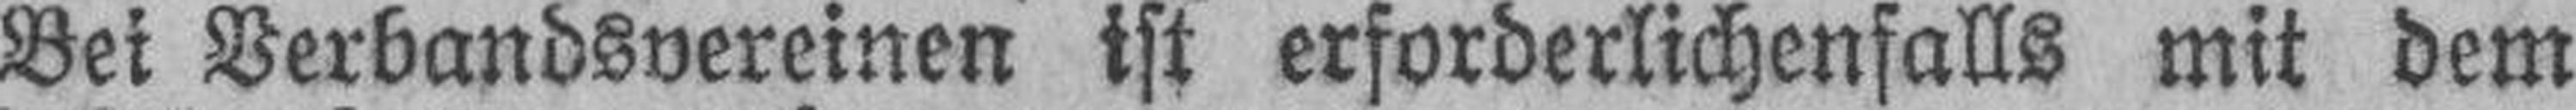
Bei Verbandsvereinen ist erforderlichenfalls mit dem